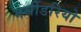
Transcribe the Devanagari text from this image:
मर्सीडरियो